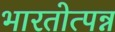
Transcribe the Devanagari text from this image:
भारतोत्पन्न